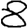
Digit: 8